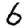
Digit: 6